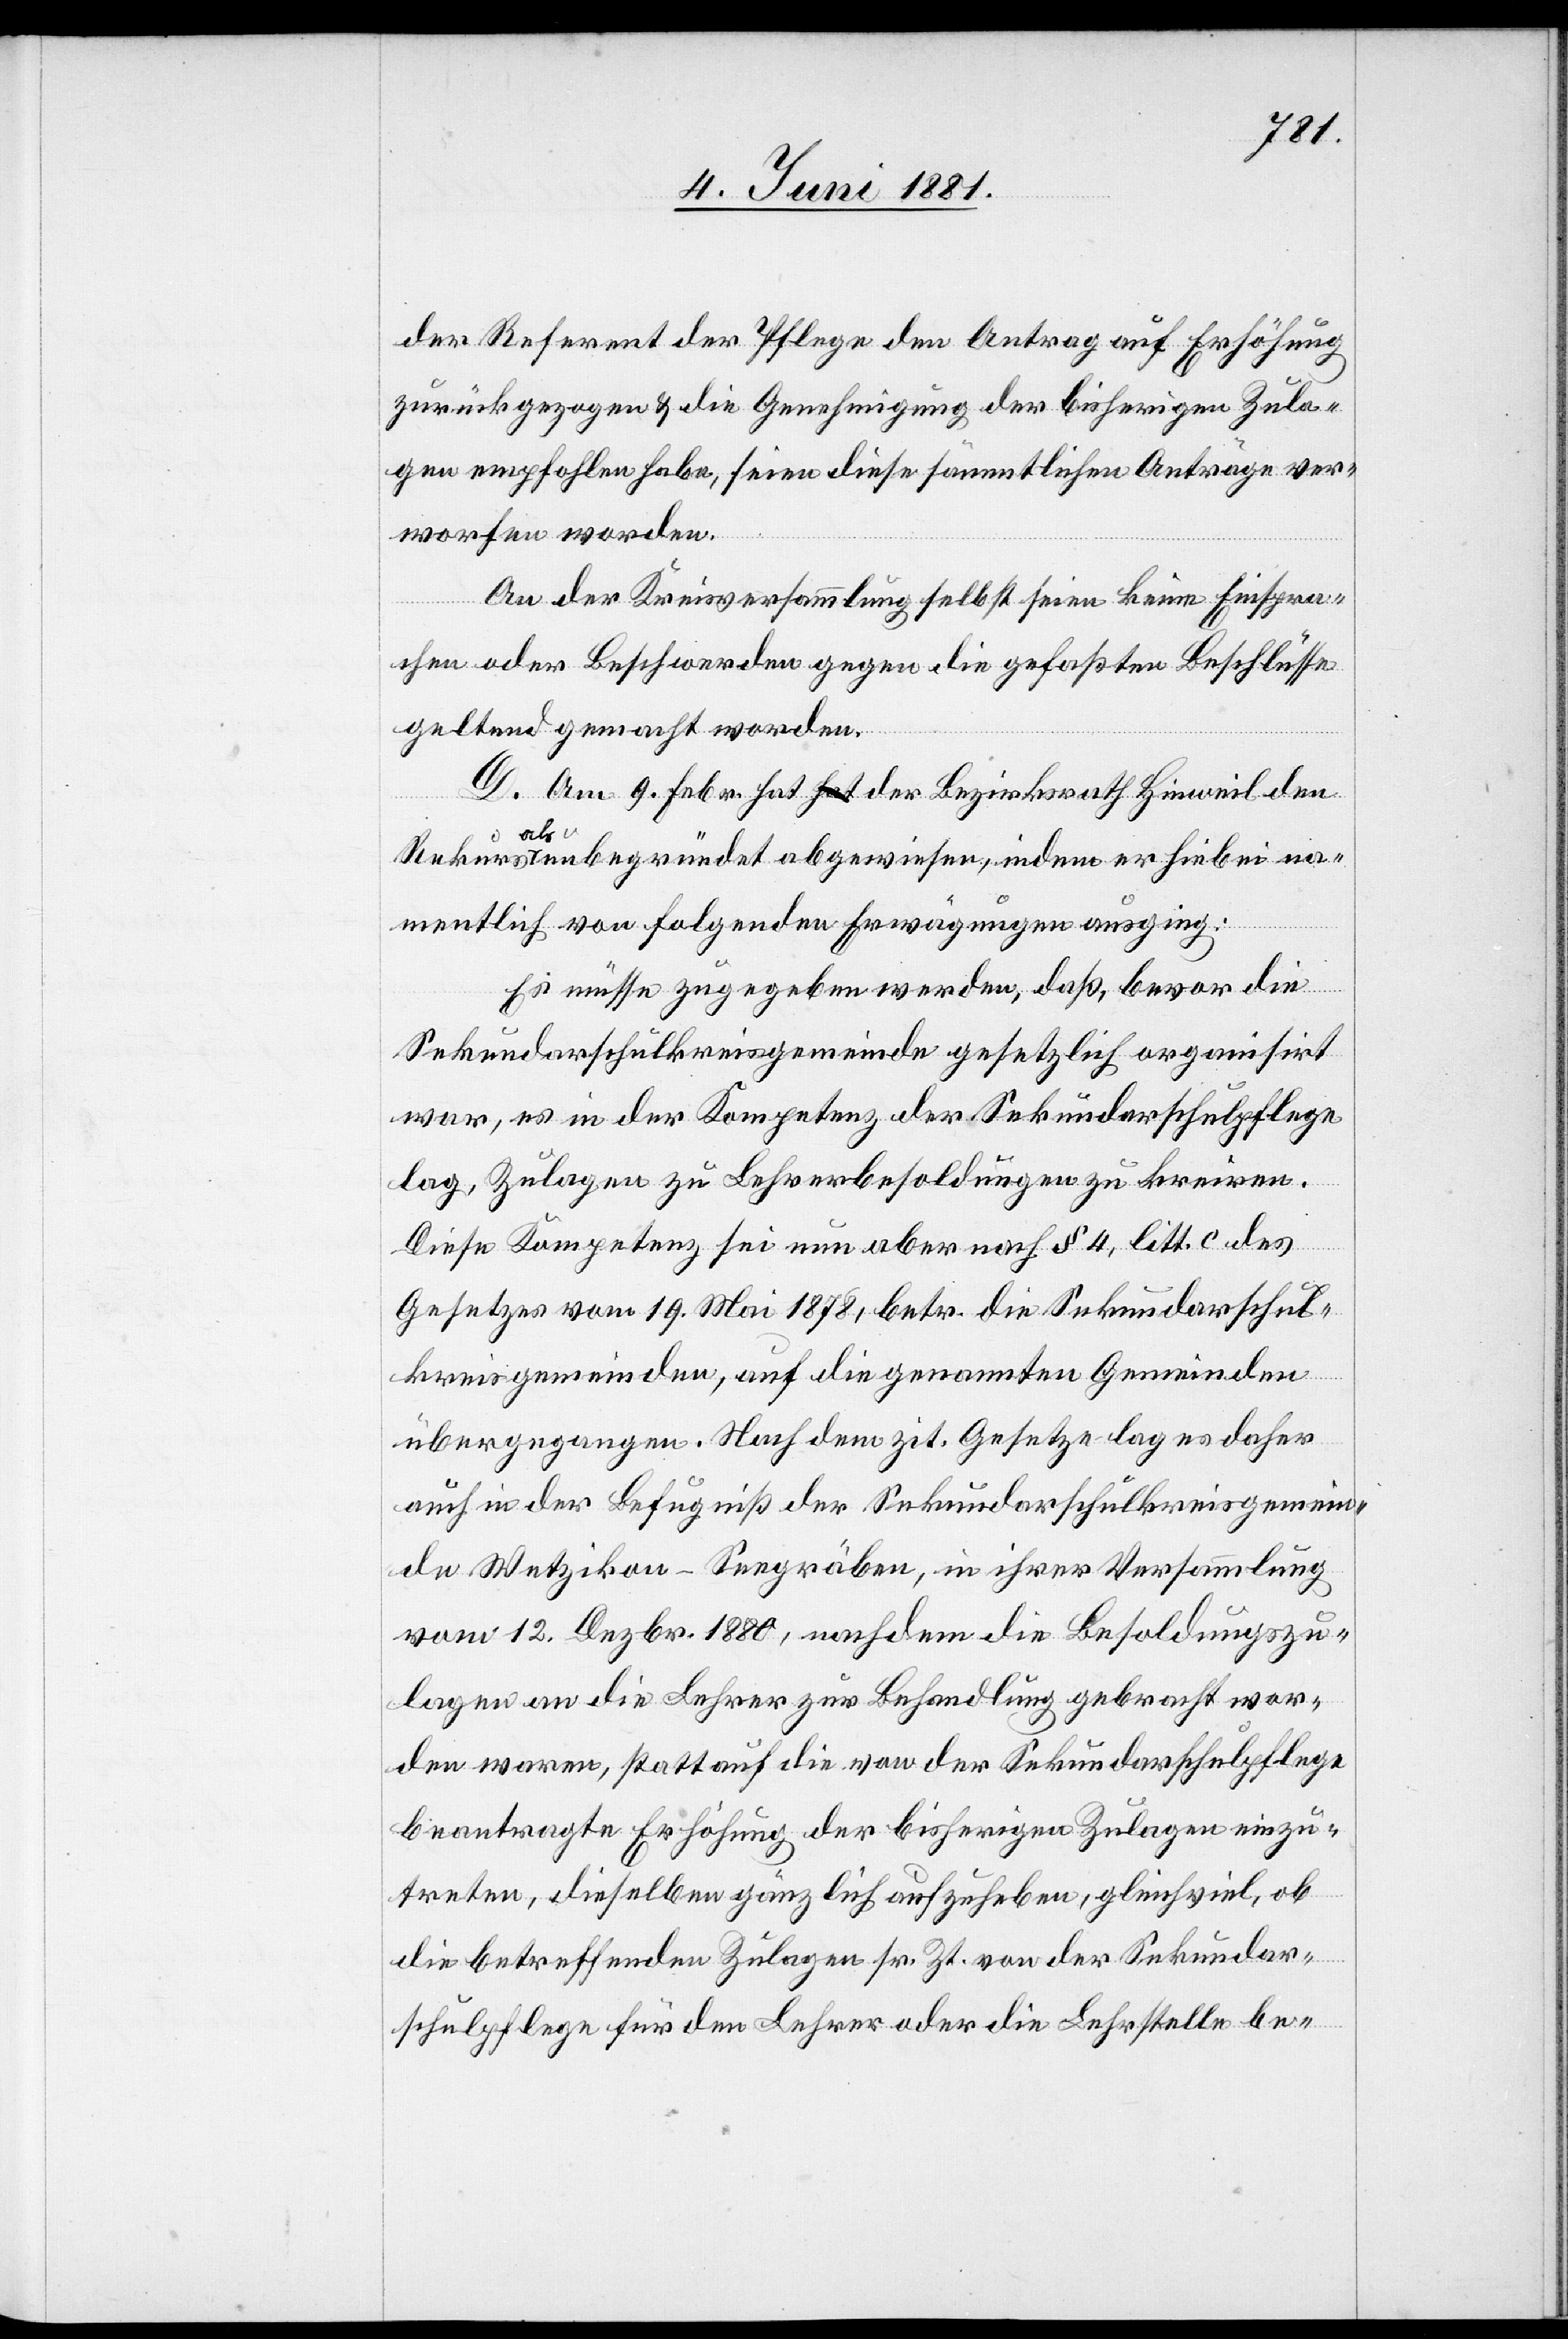
der Referent der Pflege dem Antrag auf Erhöhung
zurückgezogen & die Genehmigung der bisherigen Zula¬
ge empfohlen habe, seien diese sämmtlichen Anträge ver¬
worfen worden.
An der Kreisversammlung selbst seien keine Einspra¬
chen oder Beschwerden gegen die gefaßten Beschlüsse
geltend gemacht worden.
D. Am 9. Febr. hat der Bezirksrath Hinweil den
Rekurs als unbegründet abgewiesen, indem er hiebei na¬
mentlich von folgenden Erwägungen ausging:
Es müsse zugegeben werden, daß, bevor die
Sekundarschulkreisgemeinde gesetzlich organisirt
war, es in der Kompetenz der Sekundarschulpflege
lag, Zulagen zu Lehrerbesoldungen zu kreiren.
Diese Kompetenz sei nun aber nach § 4, litt. c des
Gesetzes vom 19. Mai 1878, betr. die Sekundarschul¬
kreisgemeinden, auf die genannten Gemeinden
übergegangen. Nach dem zit. Gesetze lag es daher
auch in der Befugniß der Sekundarschulkreisgemein¬
de Wetzikon-Seegräben, in ihrer Versammlung
vom 12. Dezbr. 1880, nachdem die Besoldungszu¬
lage an die Lehrer zur Behandlung gebracht wor¬
den waren, statt auf die von der Sekundarschulpflege
beantragte Erhöhung der bisherigen Zulagen einzu¬
treten, dieselben gänzlich aufzuheben, gleichviel, ob
die betreffenden Zulagen sr. Zt. von der Sekundar¬
schulpflege für den Lehrer oder die Lehrstelle be-